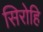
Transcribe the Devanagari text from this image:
सिरोहि